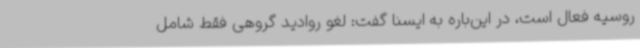
روسیه فعال است، در این‌باره به ایسنا گفت: لغو روادید گروهی فقط شامل